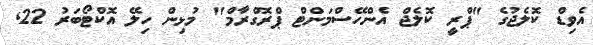
އެވިޑް ކޮލެޖުގެ "ޕްރީ ކޮލެޖް އެންހޭސްމަންޓް ޕްރޮގްރާމް" މުޅިން ހިލޭ އޮކްޓޯބަރު 22